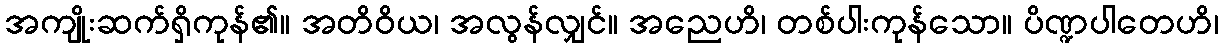
အကျိုးဆက်ရှိကုန်၏။ အတိဝိယ၊ အလွန်လျှင်။ အညေဟိ၊ တစ်ပါးကုန်သော။ ပိဏ္ဍပါတေဟိ၊